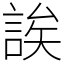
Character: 誒